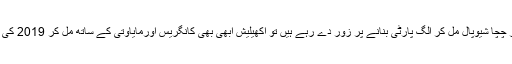
ایس پی کا معاملہ یہ ہے کہ باپ بیٹے اور چچا شیوپال مل کر الگ پارٹی بنانے پر زور دے رہے ہیں تو اکھیلیش ابھی بھی کانگریس اورمایاوتی کے ساتھ مل کر 2019 کی جنگ کو جیتنے کا خواب دیکھ رہے ہیں ۔